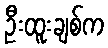
ဦးထူးချစ်က